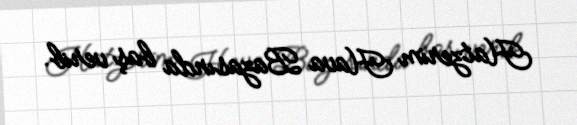
Hatzerim Hava Bazasında baş verib.